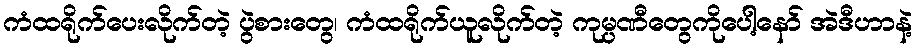
ကံထရိုက်ပေးလိုက်တဲ့ ပွဲစားတွေ၊ ကံထရိုက်ယူလိုက်တဲ့ ကုမ္ပဏီတွေကိုပေါ့နော် အဲဒီဟာနဲ့